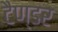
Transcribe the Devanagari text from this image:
टैण्डर